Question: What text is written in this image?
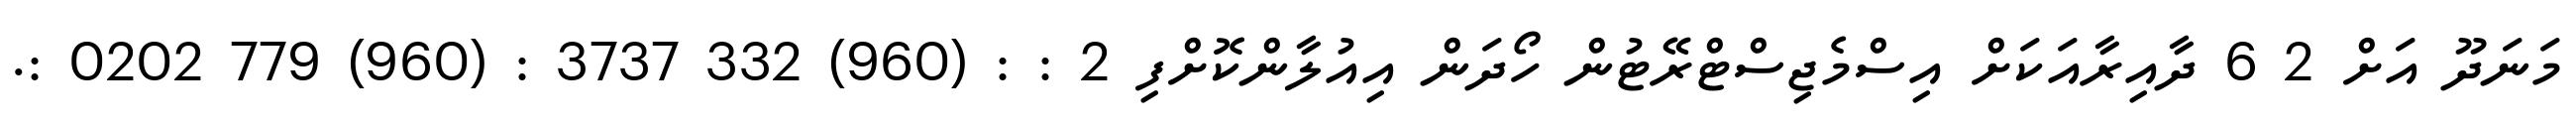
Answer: މަނަދޫ އަށް 2 6 ދާއިރާއަކަށް އިސްމެޖިސްޓްރޭޓުން ހޯދަން އިއުލާންކޮށްފި 2 : : (960) 332 3737 : (960) 779 0202 :.